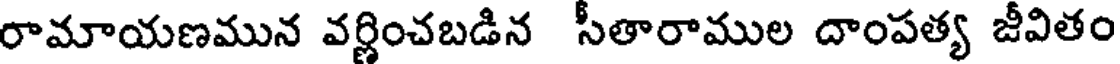
రామాయణమున వర్ణించబడిన సీతారాముల దాంపత్య జీవితం